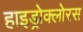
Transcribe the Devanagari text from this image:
हाइड्रोक्लोरस